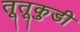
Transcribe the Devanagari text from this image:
तूतूकुडी